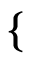
\begin{array} { r } { \mathopen { } \mathclose \bgroup \left\{ \begin{array} { r l r l } \end{array} \aftergroup \egroup \right. } \end{array}